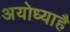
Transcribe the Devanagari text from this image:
अयोध्याहै